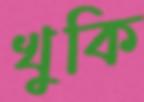
খুকি